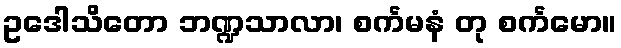
ဥဒေါသိတော ဘဏ္ဍသာလာ၊ စင်္ကမနံ တု စင်္ကမော။